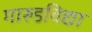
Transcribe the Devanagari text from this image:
गारुडविद्या